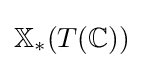
\mathbb {X} _{*}(T(\mathbb {C} ))